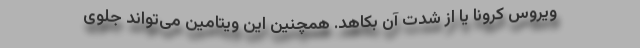
ویروس کرونا یا از شدت آن بکاهد. همچنین این ویتامین می‌تواند جلوی